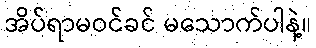
အိပ်ရာမဝင်ခင် မသောက်ပါနဲ့။